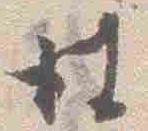
彼